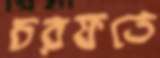
চরফতে